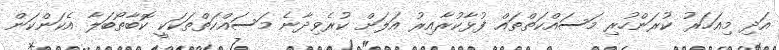
އަދި މިއަހަރު ކުރަންހުރި މަސައްކަތްތައް ފުޅާކުރާއިރު އަލަށް ކުރެވިދާނެ މަސައްކަތްތަކަކީ ކޮބާތޯބަލާ އެކަންކަން